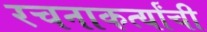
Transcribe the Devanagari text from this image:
रचनाकर्त्यांची